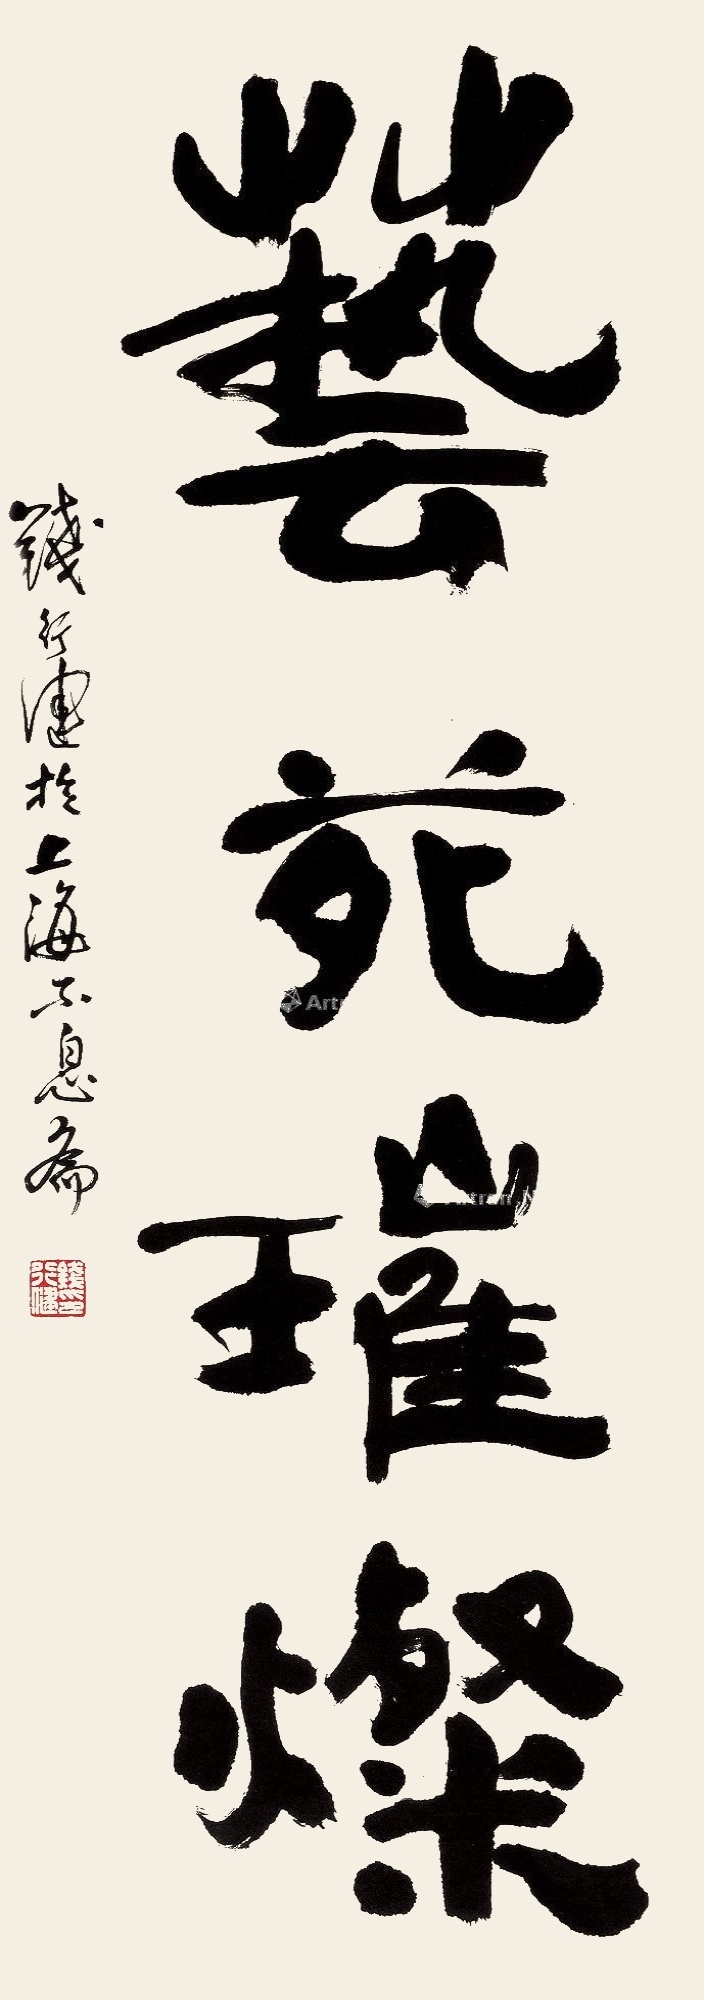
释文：钱行健于上海不息斋。钱行健印